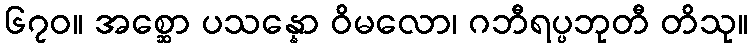
၆၇၀။ အစ္ဆော ပသန္နော ဝိမလော၊ ဂဘီရပ္ပဘုတီ တိသု။